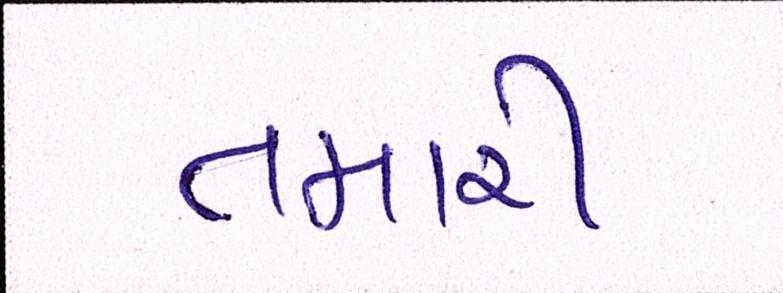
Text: તમારી